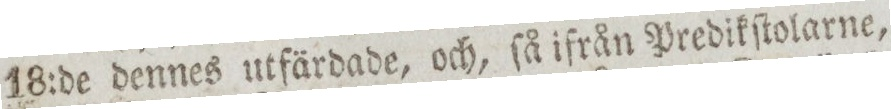
18:de dennes utfärdade, och, ſå ifrån Predikſtolarne,